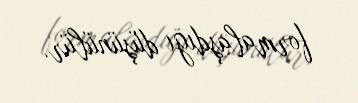
formalaşdığı düşünülür.